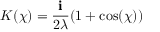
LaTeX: K ( \chi ) = { \frac { \mathbf { i } } { 2 \lambda } } ( 1 + \cos ( \chi ) )